Civil Veterinary Dept. Assam report 1911-1927 - 1911-1927
Year: 1911
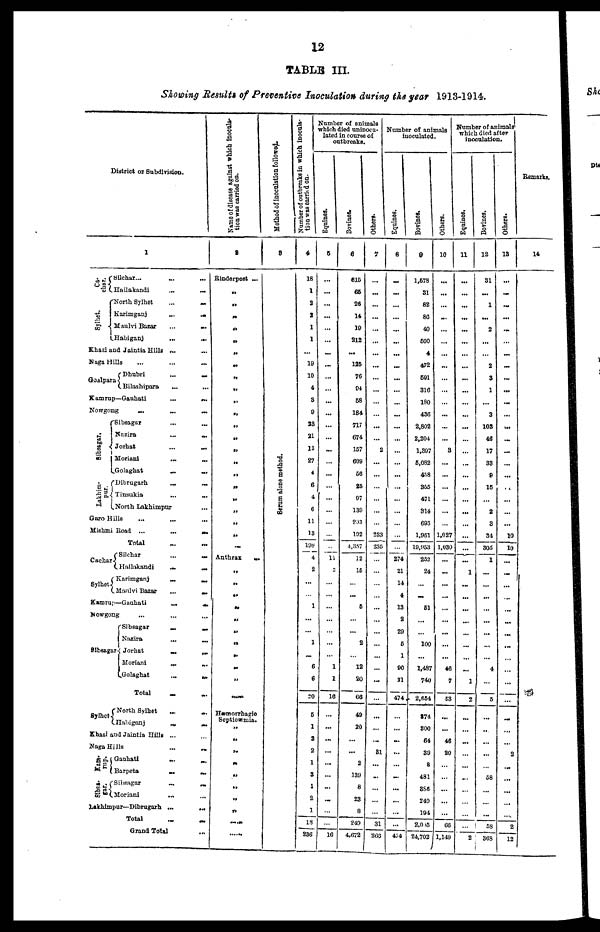
12
TABLE III.
Slowing Results of Preventive Inoculation during tie year 1913-1914.
District or Subdivision.
1
Cs-
char.
Sylbet.
Silchar... ... ...
Hailakandi
...
...
North Sylhet
...
...
Karimganj
...
...
Maulvi Bazar
...
...
...
Habiganj
...
...
Khasi a
nd Jaintia Hills ... ...
Saga H
ills
...
...
...
Goalpara
Dhubri
...
...
...
Bilashipara ... ...
Kamrup—Gauhati
...
...
Nowgong
...
...
...
Sibsagar.
Lakhim-
pur
Sibsagar ... ...
Nazira
...
...
...
Jorhat
...
...
Moriani
...
...
Golagliat … …
Dibrugarh … …
Tinsukia ... ...
North Lakhimpor …
Garo H
ills … … …
Mishm
i Road ...
...
…
Total … …
Cachar
Sylhet
Silchar
...
…
Hailakandi
…
…
Karimganj
…
…
Maulvi Bazar
...
…
Kamr
up—Gauhati
...
…
Nowg
ong … … …
Sibsagar. Sibsagar
…
…
Nazira
...
…
Jorhat … …
Moriani…
…
Golaghat
...
…
Total … …
Sylhet
North Sylhet … …
Habiganj … …
Khasi
and Jaintia Hills ... …
Naga
Hills…
…
Kam-
rup
Sibsa-
gar.
Gauhati … …
Barpeta
... …
Sibsagar … …
Moriani … …
Lakhimpur—Dibrugarh
... …
Total … …
Grand Total …
Name of disease against which inocula-
tion was carried on.
2
Rinderpest ...
„
„
„
„
„
„
„
„
„
„
„
„
„
„
„
„
„
„
„
„
„
„
Anthrax
..
„
„
„
„ „
„
„
„
„
„
„
„
Hæmorrhagio
Septicæmia.
„
„
„
„
„
„
„
„
„
...........
Method of inoculation followed.
3
1
1
Number of outbreaks in which inocula-
tion was carrid on.
4
18
1
2
2
1
1
...
19
10
4
3
9
33
21
13
27
4
6
4
6
11
13
198
4
2
...
...
1
...
1
...
6
6
20
5
1
2
2
1
3
1
2
1
18
236
Number of animals
which died uninoca-
lated in course of
outbreaks.
Equines.
5
...
...
...
...
...
...
...
...
...
...
... ...
...
...
...
...
...
...
...
...
...
...
...
...
11
3
...
...
... ...
...
...
...
...
1
1
16
...
...
...
...
...
...
...
...
...
...
16
Bovines.
6
616
65
26
14
10
212
...
125
76
04
58
184
717
674
157
609
56
25
07
130
203
102
4,357
12
15
...
...
5
...
...
2
12
20
66
49
20
...
...
2
139
8
23
8
240
4,672
Others.
7
...
...
...
...
...
...
...
...
...
...
...
...
2
...
...
...
233
23E
...
...
...
...
...
...
...
...
...
31
...
...
...
...
...
31
268
Nnumber of animals
inoculated.
Equines.
8
...
...
...
...
...
...
...
...
...
...
...
...
...
...
...
...
...
...
...
...
...
...
274
21
14
4
13
2
29
5
1
00
31
474
...
...
...
1
... ...
...
...
...
...
...
474
Bovines.
9
1,578
31
82
80
40
500
4
472
601
...
316
180
436
2,802
2,204
1,397
5,082
458
365
471
314
693
1,951
10,053
252
24
...
...
51
...
...
100
...
1,487
740
2,654
874
300
64
39
8
481
386
249
194
2,015
24,702
Others.
10
...
...
...
...
...
...
...
...
...
...
...
...
...
...
...
3
...
...
...
...
...
1,027
1,030
...
...
...
...
...
...
...
...
...
46
7
63
...
...
46
20
...
...
...
...
...
66
1,149
number of animals
which died after
inoculation.
Equinos.
11
...
...
...
...
...
...
...
...
...
...
...
...
...
...
...
...
...
...
...
...
...
...
...
1
...
...
...
...
...
...
...
...
1
2
...
...
...
...
...
...
...
...
...
...
2
Bovines,
12
31
...
1
...
2
...
...
2
3
1
...
3
103
46
17
33
9
15
...
2
3
34
305
1
...
...
...
...
...
...
...
...
4
...
5
...
...
...
...
...
58
...
...
...
58
368
Others.
13
...
...
...
...
...
...
...
...
...
...
...
...
...
...
...
...
...
...
...
...
...
10
10
...
...
...
...
... ...
...
...
...
...
...
...
...
...
...
...
2
...
...
...
...
....
2
12
Remarks.
14